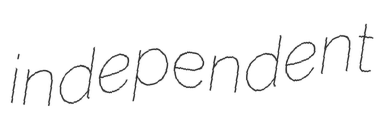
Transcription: independent